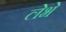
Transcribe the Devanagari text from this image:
लेभे